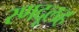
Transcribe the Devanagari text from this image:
रणदूलह